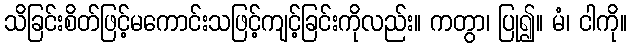
သိခြင်းစိတ်ဖြင့်မကောင်းသဖြင့်ကျင့်ခြင်းကိုလည်း။ ကတွာ၊ ပြု၍။ မံ၊ ငါကို။